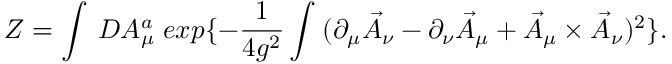
Z = \int \: { \cal D } A _ { \mu } ^ { a } \; e x p \{ - \frac { 1 } { 4 g ^ { 2 } } \int \: ( \partial _ { \mu } \vec { A } _ { \nu } - \partial _ { \nu } \vec { A } _ { \mu } + \vec { A } _ { \mu } \times \vec { A } _ { \nu } ) ^ { 2 } \} .